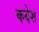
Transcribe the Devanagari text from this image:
कदेश